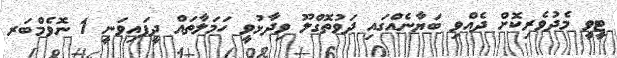
ޓީވީ މެދުވެރިކޮށް ދެއްވި ބަޔާނެއްގައި ދަވުތޮގްލޫ ވިދާޅުވީ ހަމަލާތައް ދީފައިވަނީ 1 ނޮވެމްބަރ